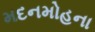
મદનમોહના